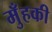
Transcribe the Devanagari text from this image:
मुँहकी